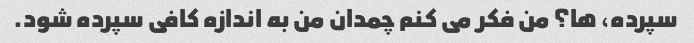
سپرده، ها؟ من فکر می کنم چمدان من به اندازه کافی سپرده شود.